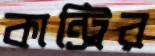
কান্ট্রির